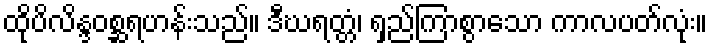
ထိုပိလိန္ဒဝစ္ဆရဟန်းသည်။ ဒီဃရတ္တံ၊ ရှည်ကြာစွာသော ကာလပတ်လုံး။